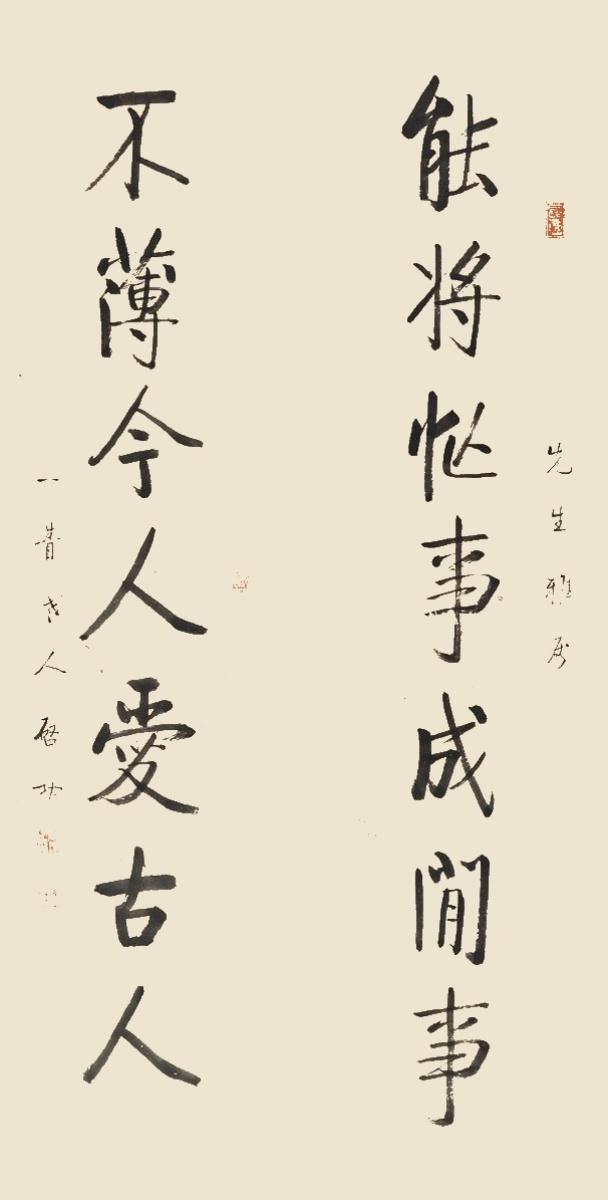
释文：能将忙事成闲事，不薄今人爱古人。□□先生雅属，一青老人启功。